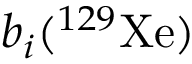
b _ { i } ( ^ { 1 2 9 } \mathrm { X e ) }